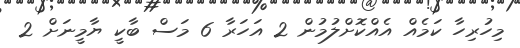
މިހުރިހާ ކަމެއް އެއްކޮށްލުމުން 2 އަހަރާ 6 މަސް ބާކީ ޔާމީނަށް 2